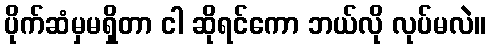
ပိုက်ဆံမှမရှိတာ ငါ ဆိုရင်ကော ဘယ်လို လုပ်မလဲ။